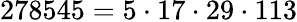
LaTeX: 278545=5\cdot 17\cdot 29\cdot 113